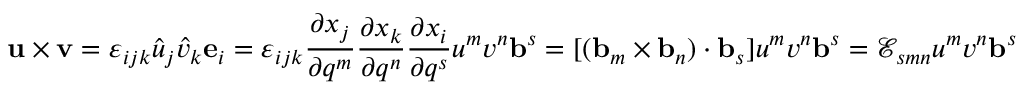
\mathbf { u } \times \mathbf { v } = \varepsilon _ { i j k } { \hat { u } } _ { j } { \hat { v } } _ { k } \mathbf { e } _ { i } = \varepsilon _ { i j k } { \frac { \partial x _ { j } } { \partial q ^ { m } } } { \frac { \partial x _ { k } } { \partial q ^ { n } } } { \frac { \partial x _ { i } } { \partial q ^ { s } } } u ^ { m } v ^ { n } \mathbf { b } ^ { s } = [ ( \mathbf { b } _ { m } \times \mathbf { b } _ { n } ) \cdot \mathbf { b } _ { s } ] u ^ { m } v ^ { n } \mathbf { b } ^ { s } = { \mathcal { E } } _ { s m n } u ^ { m } v ^ { n } \mathbf { b } ^ { s }